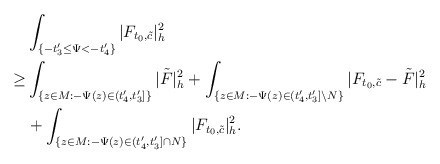
\begin{align*}&\int_{ \{-t'_3\le\Psi<-t'_4\}}|F_{t_0,\tilde{c}}|^2_h\\\ge & \int_{\{z\in M:-\Psi(z)\in (t'_4,t'_3]\}}|\tilde F|^2_h+\int_{\{z\in M:-\Psi(z)\in (t'_4,t'_3]\backslash N\}}|F_{t_0,\tilde{c}}-\tilde F|^2_h\\&+\int_{ \{z\in M: -\Psi(z)\in(t'_4,t'_3]\cap N\}}|F_{t_0,\tilde{c}}|^2_h.\end{align*}